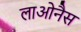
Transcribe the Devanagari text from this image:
लाओनैस